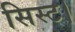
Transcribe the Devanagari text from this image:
सिस्ट।